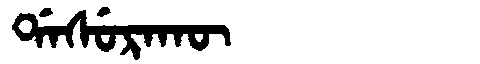
Manchu: ᡩᠠᠰᡠᡵᠠᡴᡡ
Romanization: DASURAKŪ